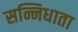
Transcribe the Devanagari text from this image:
सन्निधाता